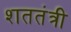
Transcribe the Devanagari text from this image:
शततंत्री